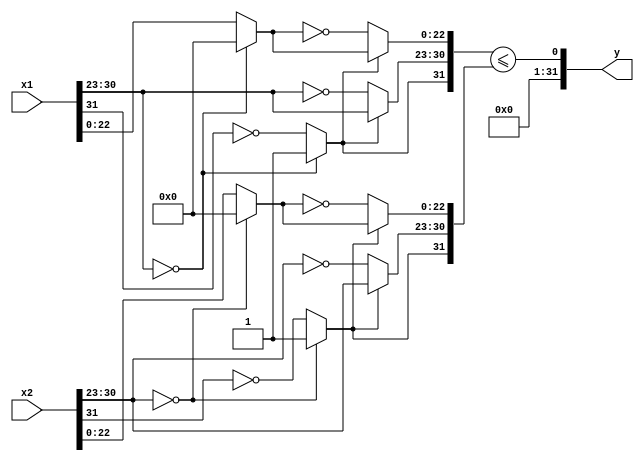

module fle(
    input wire [31:0] x1,
    input wire [31:0] x2,
    output wire [31:0] y);

    wire s1,s2;
    wire [7:0] e1,e2;
    wire [22:0] m1,m2;
    assign s1 = x1[31:31];
    assign e1 = x1[30:23];
    assign m1 = x1[22:0];
    assign s2 = x2[31:31];
    assign e2 = x2[30:23];
    assign m2 = x2[22:0];

    wire s1a,s2a;
    wire [7:0] e1a,e2a;
    wire [22:0] m1a,m2a,m1b,m2b;
    assign s1a = (e1 == 0) ? 1: ~s1;
    assign e1a = (s1a) ? e1: ~e1;
    assign m1a = (e1 == 0) ? 0: m1;
    assign m1b = (s1a) ? m1a: ~m1a;
    assign s2a = (e2 == 0) ? 1: ~s2;
    assign e2a = (s2a) ? e2: ~e2;
    assign m2a = (e2 == 0) ? 0: m2;
    assign m2b = (s2a) ? m2a: ~m2a;

    assign y = ({s1a,e1a,m1b} <= {s2a,e2a,m2b});    

endmodule